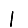
Digit: 1